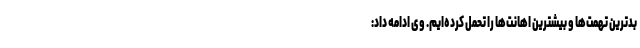
بدترین تهمت‌ها و بیشترین اهانت‌ها را تحمل کرده‌ایم. وی ادامه داد: